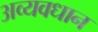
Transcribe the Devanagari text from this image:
अव्यवधान